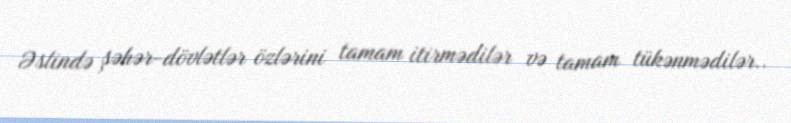
Əslində şəhər-dövlətlər özlərini tamam itirmədilər və tamam tükənmədilər..